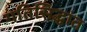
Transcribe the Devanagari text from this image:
गतिसिद्धांत